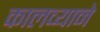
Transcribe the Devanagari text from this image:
कालव्याने